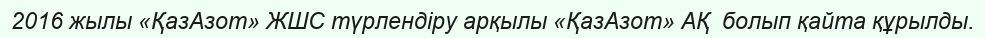
2016 жылы «ҚазАзот» ЖШС түрлендіру арқылы «ҚазАзот» АҚ  болып қайта құрылды.